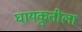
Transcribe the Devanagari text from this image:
घायकुतीला